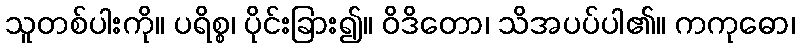
သူတစ်ပါးကို။ ပရိစ္စ၊ ပိုင်းခြား၍။ ဝိဒိတော၊ သိအပပ်ပါ၏။ ကကုဓော၊